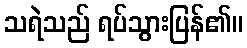
သရဲသည် ရပ်သွားပြန်၏။